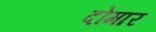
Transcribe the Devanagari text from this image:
दोमार